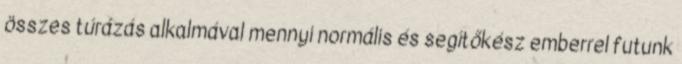
összes túrázás alkalmával mennyi normális és segítőkész emberrel futunk